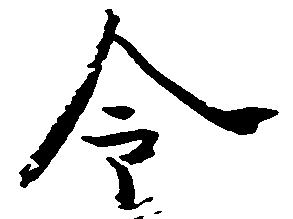
令